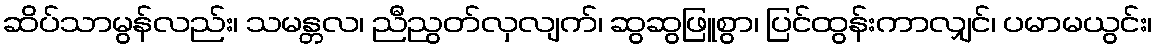
ဆိပ်သာမွန်လည်း၊ သမန္တလ၊ ညီညွတ်လှလျက်၊ ဆွဆွဖြူစွာ၊ ပြင်ထွန်းကာလျှင်၊ ပမာမယွင်း၊